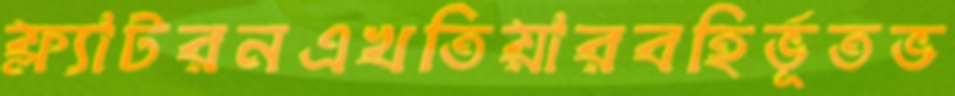
ফ্ল্যাটরনএখতিয়ারবহির্ভূতভ